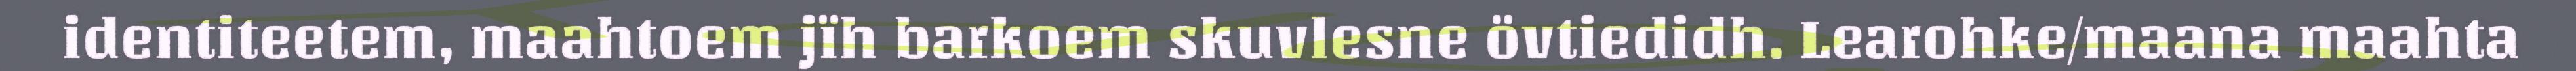
identiteetem, maahtoem jïh barkoem skuvlesne övtiedidh. Learohke/maana maahta